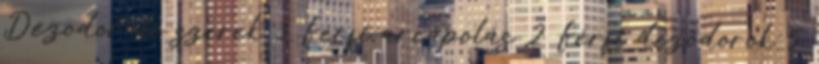
Dezodoráló szerek 3 Férfi arcápolás 2 Férfi dezodorok 5